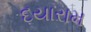
દયારામ